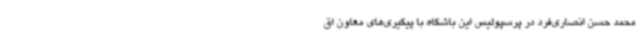
محمد حسن انصاری‌فرد در پرسپولیس این باشگاه با پیگیری‌های معاون اق